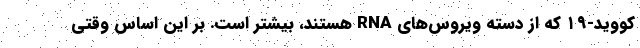
کووید-۱۹ که از دسته ویروس‌های RNA هستند، بیشتر است. بر این اساس وقتی